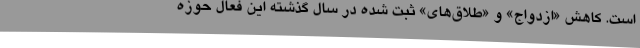
است. کاهش «ازدواج» و «طلاق‌های» ثبت شده در سال گذشته این فعال حوزه